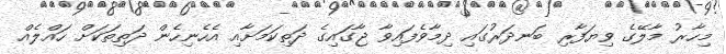
މިހާރު މާލޭގެ ވިޔަފާރި ބަނދަރުގައި ދިމާވެފައިވާ ޖާގައިގެ ދަތިކަމަށާއި އެހެނިހެން ދަތިތަކަށް ހައްލެއް